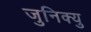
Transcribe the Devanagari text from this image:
जुनिक्यु